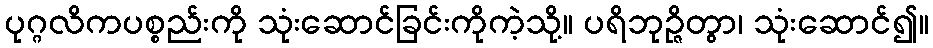
ပုဂ္ဂလိကပစ္စည်းကို သုံးဆောင်ခြင်းကိုကဲ့သို့။ ပရိဘုဉ္ဇိတွာ၊ သုံးဆောင်၍။